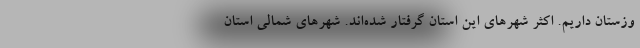
وزستان داریم. اکثر شهرهای این استان گرفتار شده‌اند. شهرهای شمالی استان